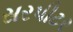
સરપીટર